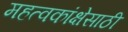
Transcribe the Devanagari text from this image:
महत्वकांक्षेसाठी